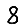
Digit: 8